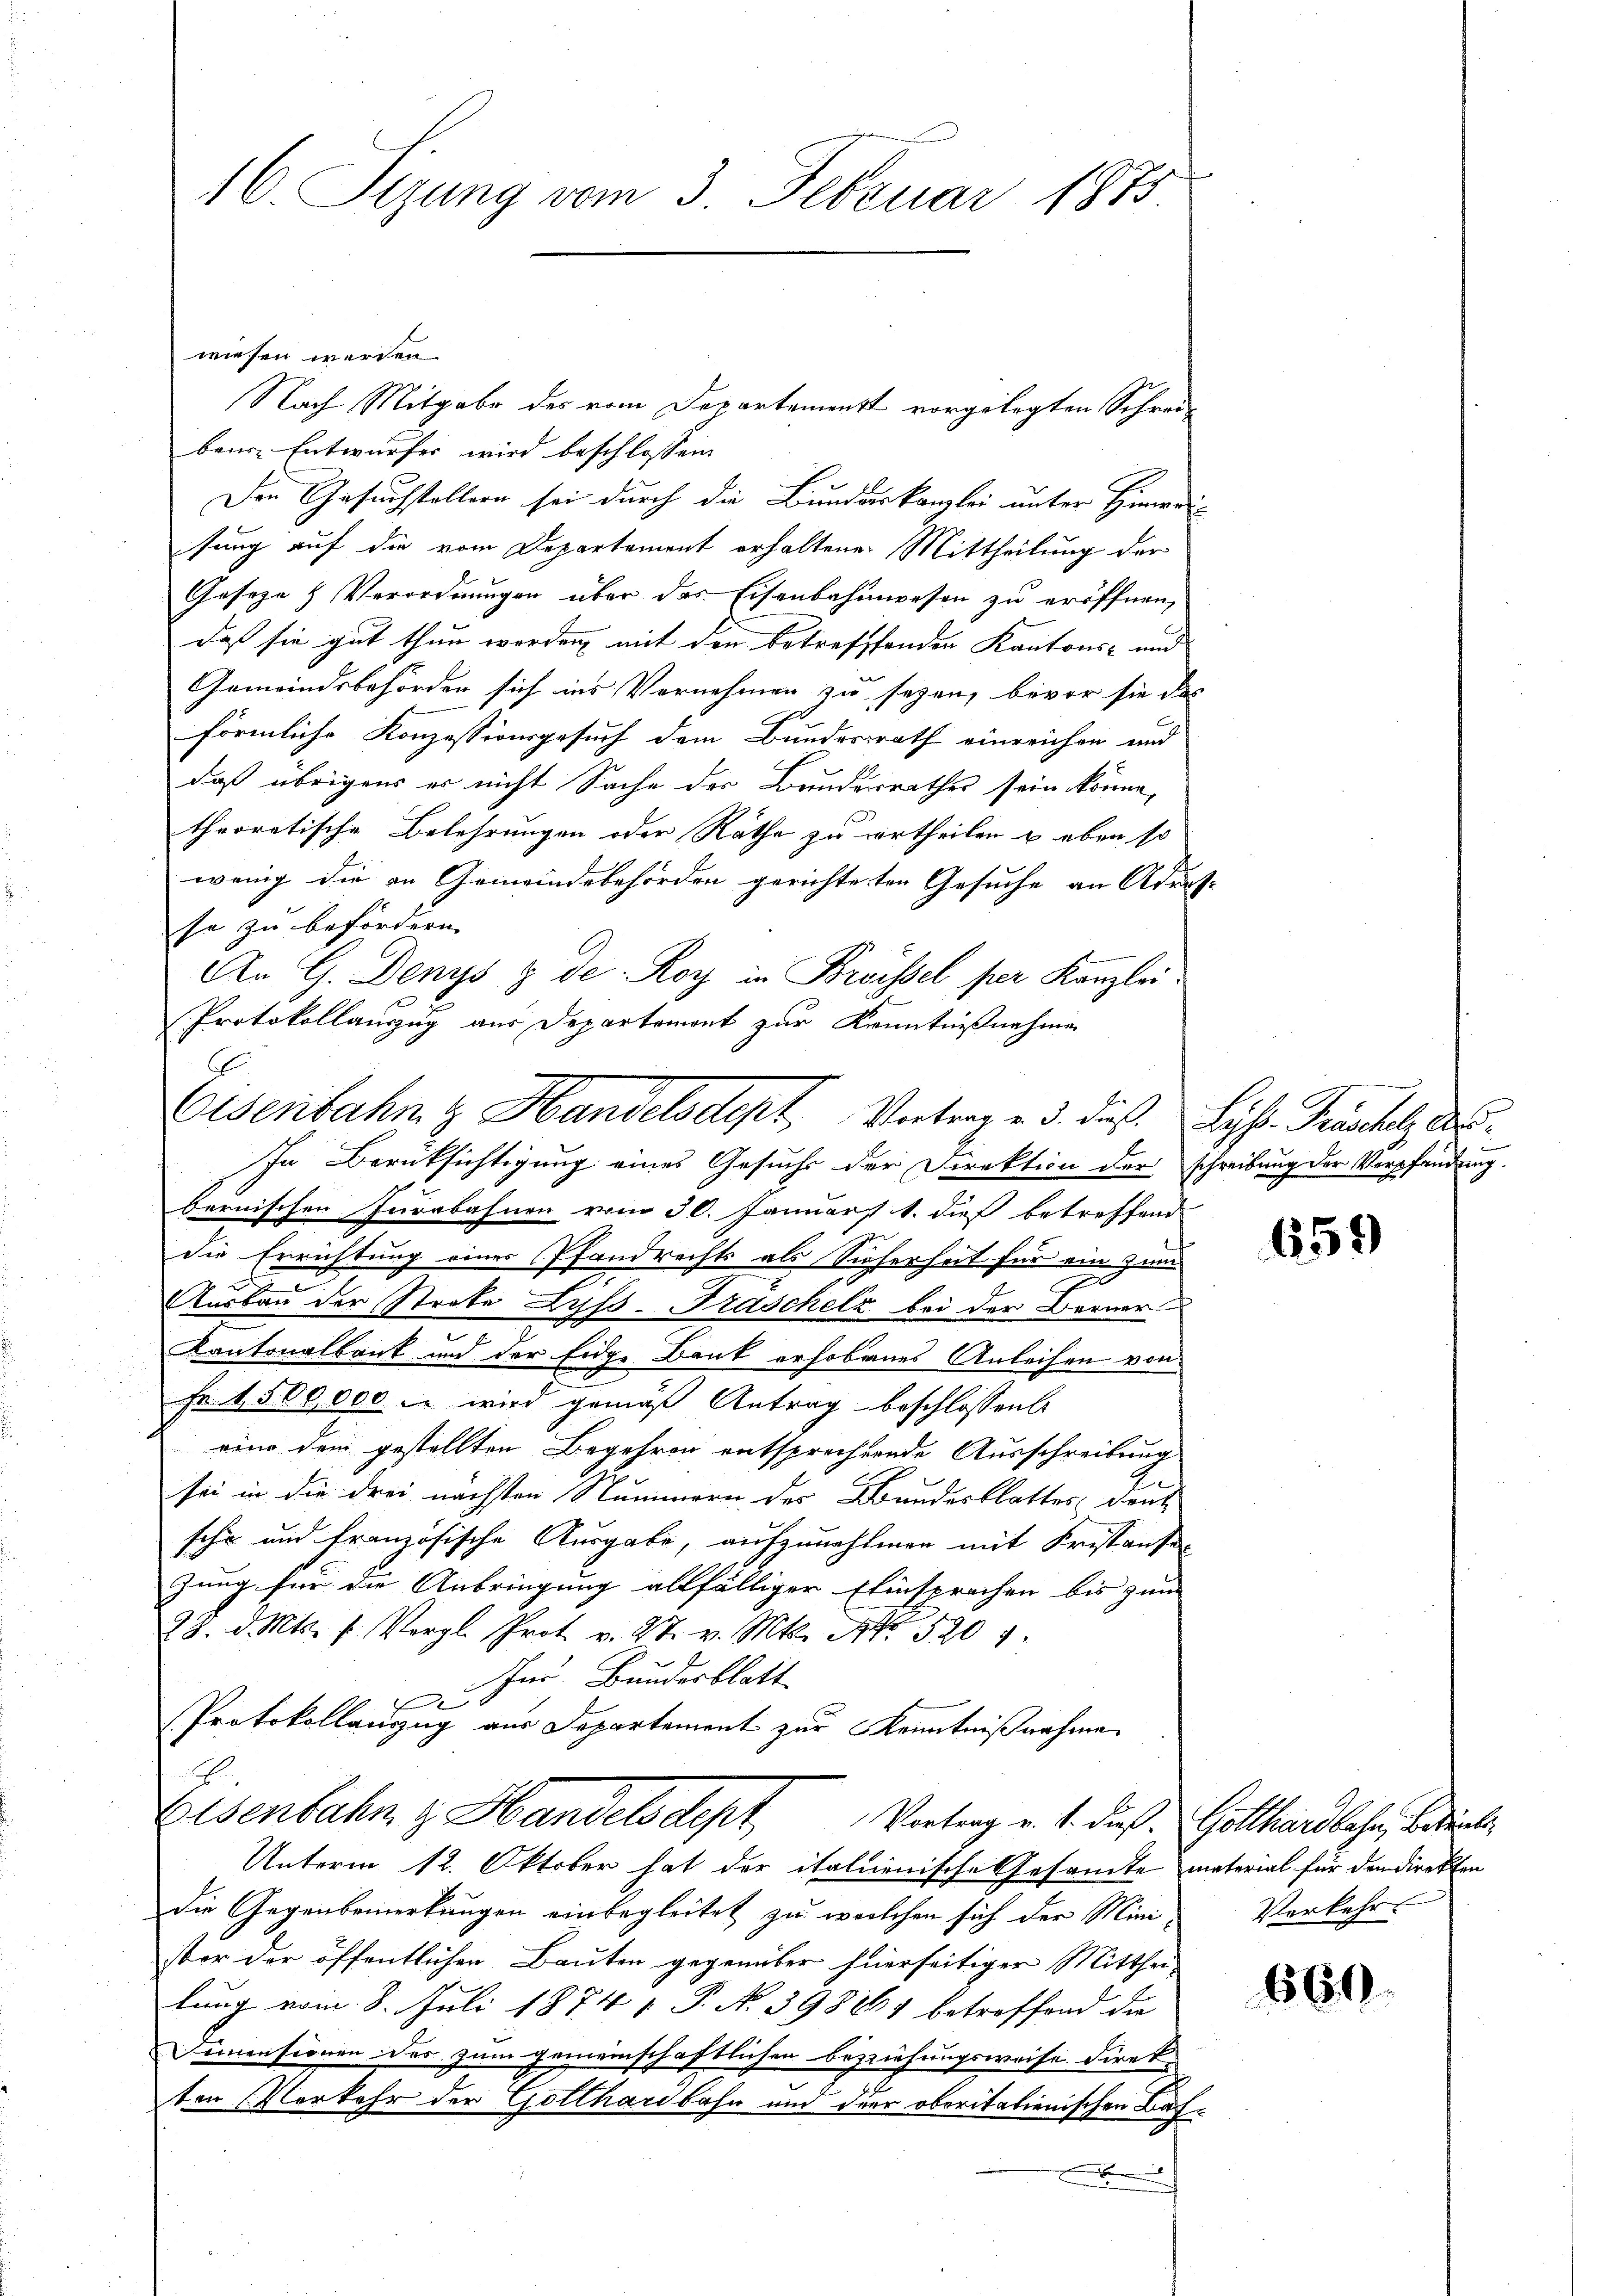
16. Sizung vom 3. Februar 1873

wiesen werden.
Nach Mitgabe des vom Departemenst vorgelegten Schreibene Entwurfes wird beschlossen
Den Gesuchstellern sei durch die Bundeskanzlei unter Hinweil
sung auf die vom Departement erhaltenen Mittheilung der
Gesetze & Verordnungen über das Eisenbahnwesen zu eröffnen,
daß sie gut thun werden mit den betreffenden Kantons- und
Gemeindsbehörden sich ins Vornehmen zu sezen, bevor sie das
förmliche Konzessionsgesuch dem Bundesrath einreichen und
daß übrigens er nicht Sache der Bundesrathes sein könne,
theoretische Belehrungen oder Räthe zu ertheilen & eben so
wenig die an Gemeindebehörden gerichteten Gesuche an Adres-
se zu befördern.
An G. Denys & de. Roy in Brissel per Kanzlei
Protokollauszug aus Departement zur Kenntnißnahmen
bernischen Iurbahnen vom 30. Januars 1. dieß betreffend
die Errichtung eines Pfandrechts als Sicherheit für ein zum
Ausbau der Streke Lyss-Fraschelz bei der Berner
Kantonalbank und der Eide Bank erhobenes Anleihen von
Fr 1,500,000 u. wird gemäß Antrag beschlossen
eine dem gestellten Begehren entsprechernde Ausschreibung
sei in die drei nächsten Nummern des Bundesblattes dank
sche und französische Ausgabe, aufzunehmen mit Fristante-
zung für die Anbringung allfälliger Einsprachen bis zum
28. d. Mts. f. Vergl. Prot. v. 27. v. Mts. No 520
Im Bundesblatt
F
Protokollauszug aus Departement zur Kenntnißnahme
Eisenbahn z. Handelsdept Vortrag v. 4. dieß Gotthardbahn, bedeckte
Unterm 12. Oktober hat der italienische Gesamte material für den Direkten
die Gegenbemerkungen einbegleitet zu welchen sich der Minister der öffentlicher Bauten gegenüber hierseitiger Mitthei-
lung vom 8. Juli 1874 1 P. No 39861 betreffend die
Ionensionen des zum gemeinschaftlichen Beziehungsweise Direkten (Verkehr der Gotthardbahn und der oberitalienischen Bas¬
.

Eisenbahn & Handelsdept Vertrage 3. dies. Lyss. Fristolz des
In Berüksichtigung eines Gesuchs der Direktion der schreibung der Verpfandung

659

Verkehrt

660